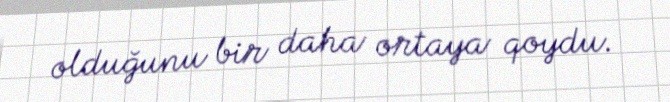
olduğunu bir daha ortaya qoydu.